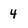
Character: 4